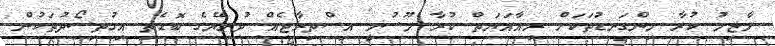
ލާޒިމު ކުރާ މިންގަނޑުތަކަށް ރިއާއަޔަތް ކުރާ މޫސުމީ އިސްތިރާޖެއް ދުނިޔޭގެ ބޮޑެތި އިގުތިސޯދުތަކުން